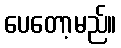
ပေတော့မည်။